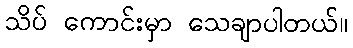
သိပ် ကောင်းမှာ သေချာပါတယ်။